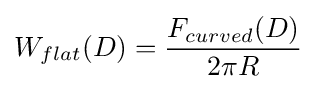
W_{flat}(D)={F_{curved}(D) \over 2\pi R}